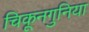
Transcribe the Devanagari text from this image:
चिकूनगुनिया